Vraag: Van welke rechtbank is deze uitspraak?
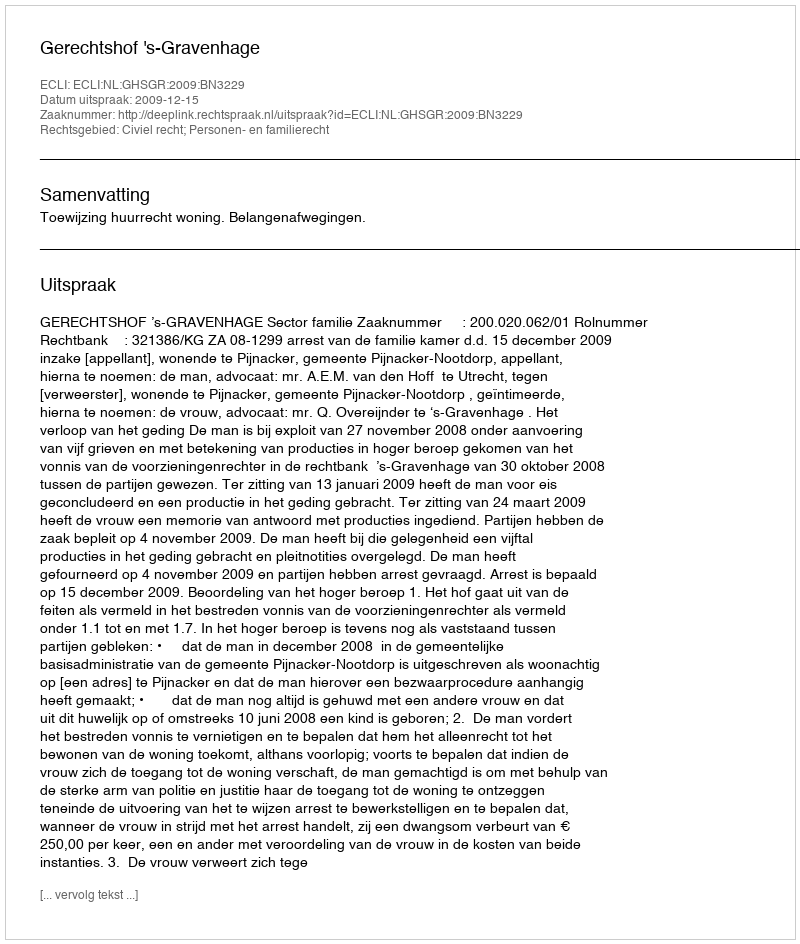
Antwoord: Gerechtshof 's-Gravenhage